Vaccination in Bombay 1863-1868 - 1863-1868
Year: 1863
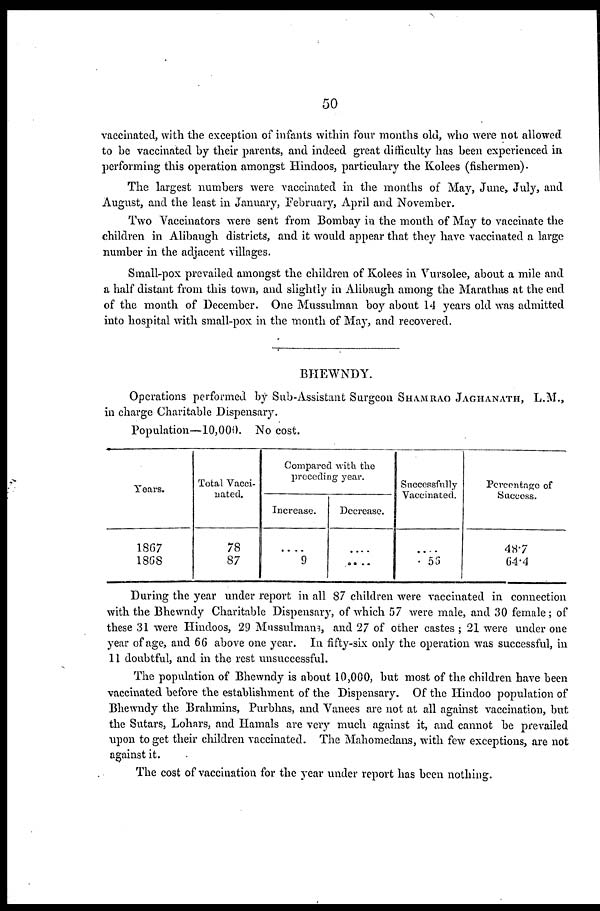
50
vaccinated, with the exception of infants within four months old, who were not allowed
to be vaccinated by their parents, and indeed great difficulty has been experienced in
performing this operation amongst Hindoos, particulary the Kolees (fishermen).
The largest numbers were vaccinated in the months of May, June, July, and
August, and the least in January, February, April and November.
Two Vaccinators were sent from Bombay in the month of May to vaccinate the
children in Alibaugh districts, and it would appear that they have vaccinated a large
number in the adjacent villages.
Small-pox prevailed amongst the children of Kolees in Vursolee, about a mile and
a half distant from this town, and slightly in Alibaugh among the Marathas at the end
of the month of December. One Mussulman boy about 14 years old was admitted
into hospital with small-pox in the month of May, and recovered.
BHEWNDY.
Operations performed by Sub-Assistant Surgeon SHAMRAO JAGHANATH, L.M.,
in charge Charitable Dispensary.
Population—10,000. No cost.
Years.
1867
1868
Total Vacci-
nated.
78
87
Compared with the
preceding year.
Increase.
....
9
Decrease.
....
....
Successfully
Vaccinated.
....
56
Percentage of
Success.
48.7
64.4
During the year under report in all 87 children were vaccinated in connection
with the Bhewndy Charitable Dispensary, of which 57 were male, and 30 female; of
these 31 were Hindoos, 29 Mussulmans, and 27 of other castes ; 21 were under one
year of age, and 66 above one year. In fifty-six only the operation was successful, in
11 doubtful, and in the rest unsuccessful.
The population of Bhewndy is about 10,000, but most of the children have been
vaccinated before the establishment of the Dispensary. Of the Hindoo population of
Bhewndy the Brahmins, Purbhas, and Vanees are not at all against vaccination, but
the Sutars, Lohars, and Hamals are very much against it, and cannot be prevailed
upon to get their children vaccinated. The Mahomedans, with few exceptions, are not
against it.
The cost of vaccination for the year under report has been nothing.